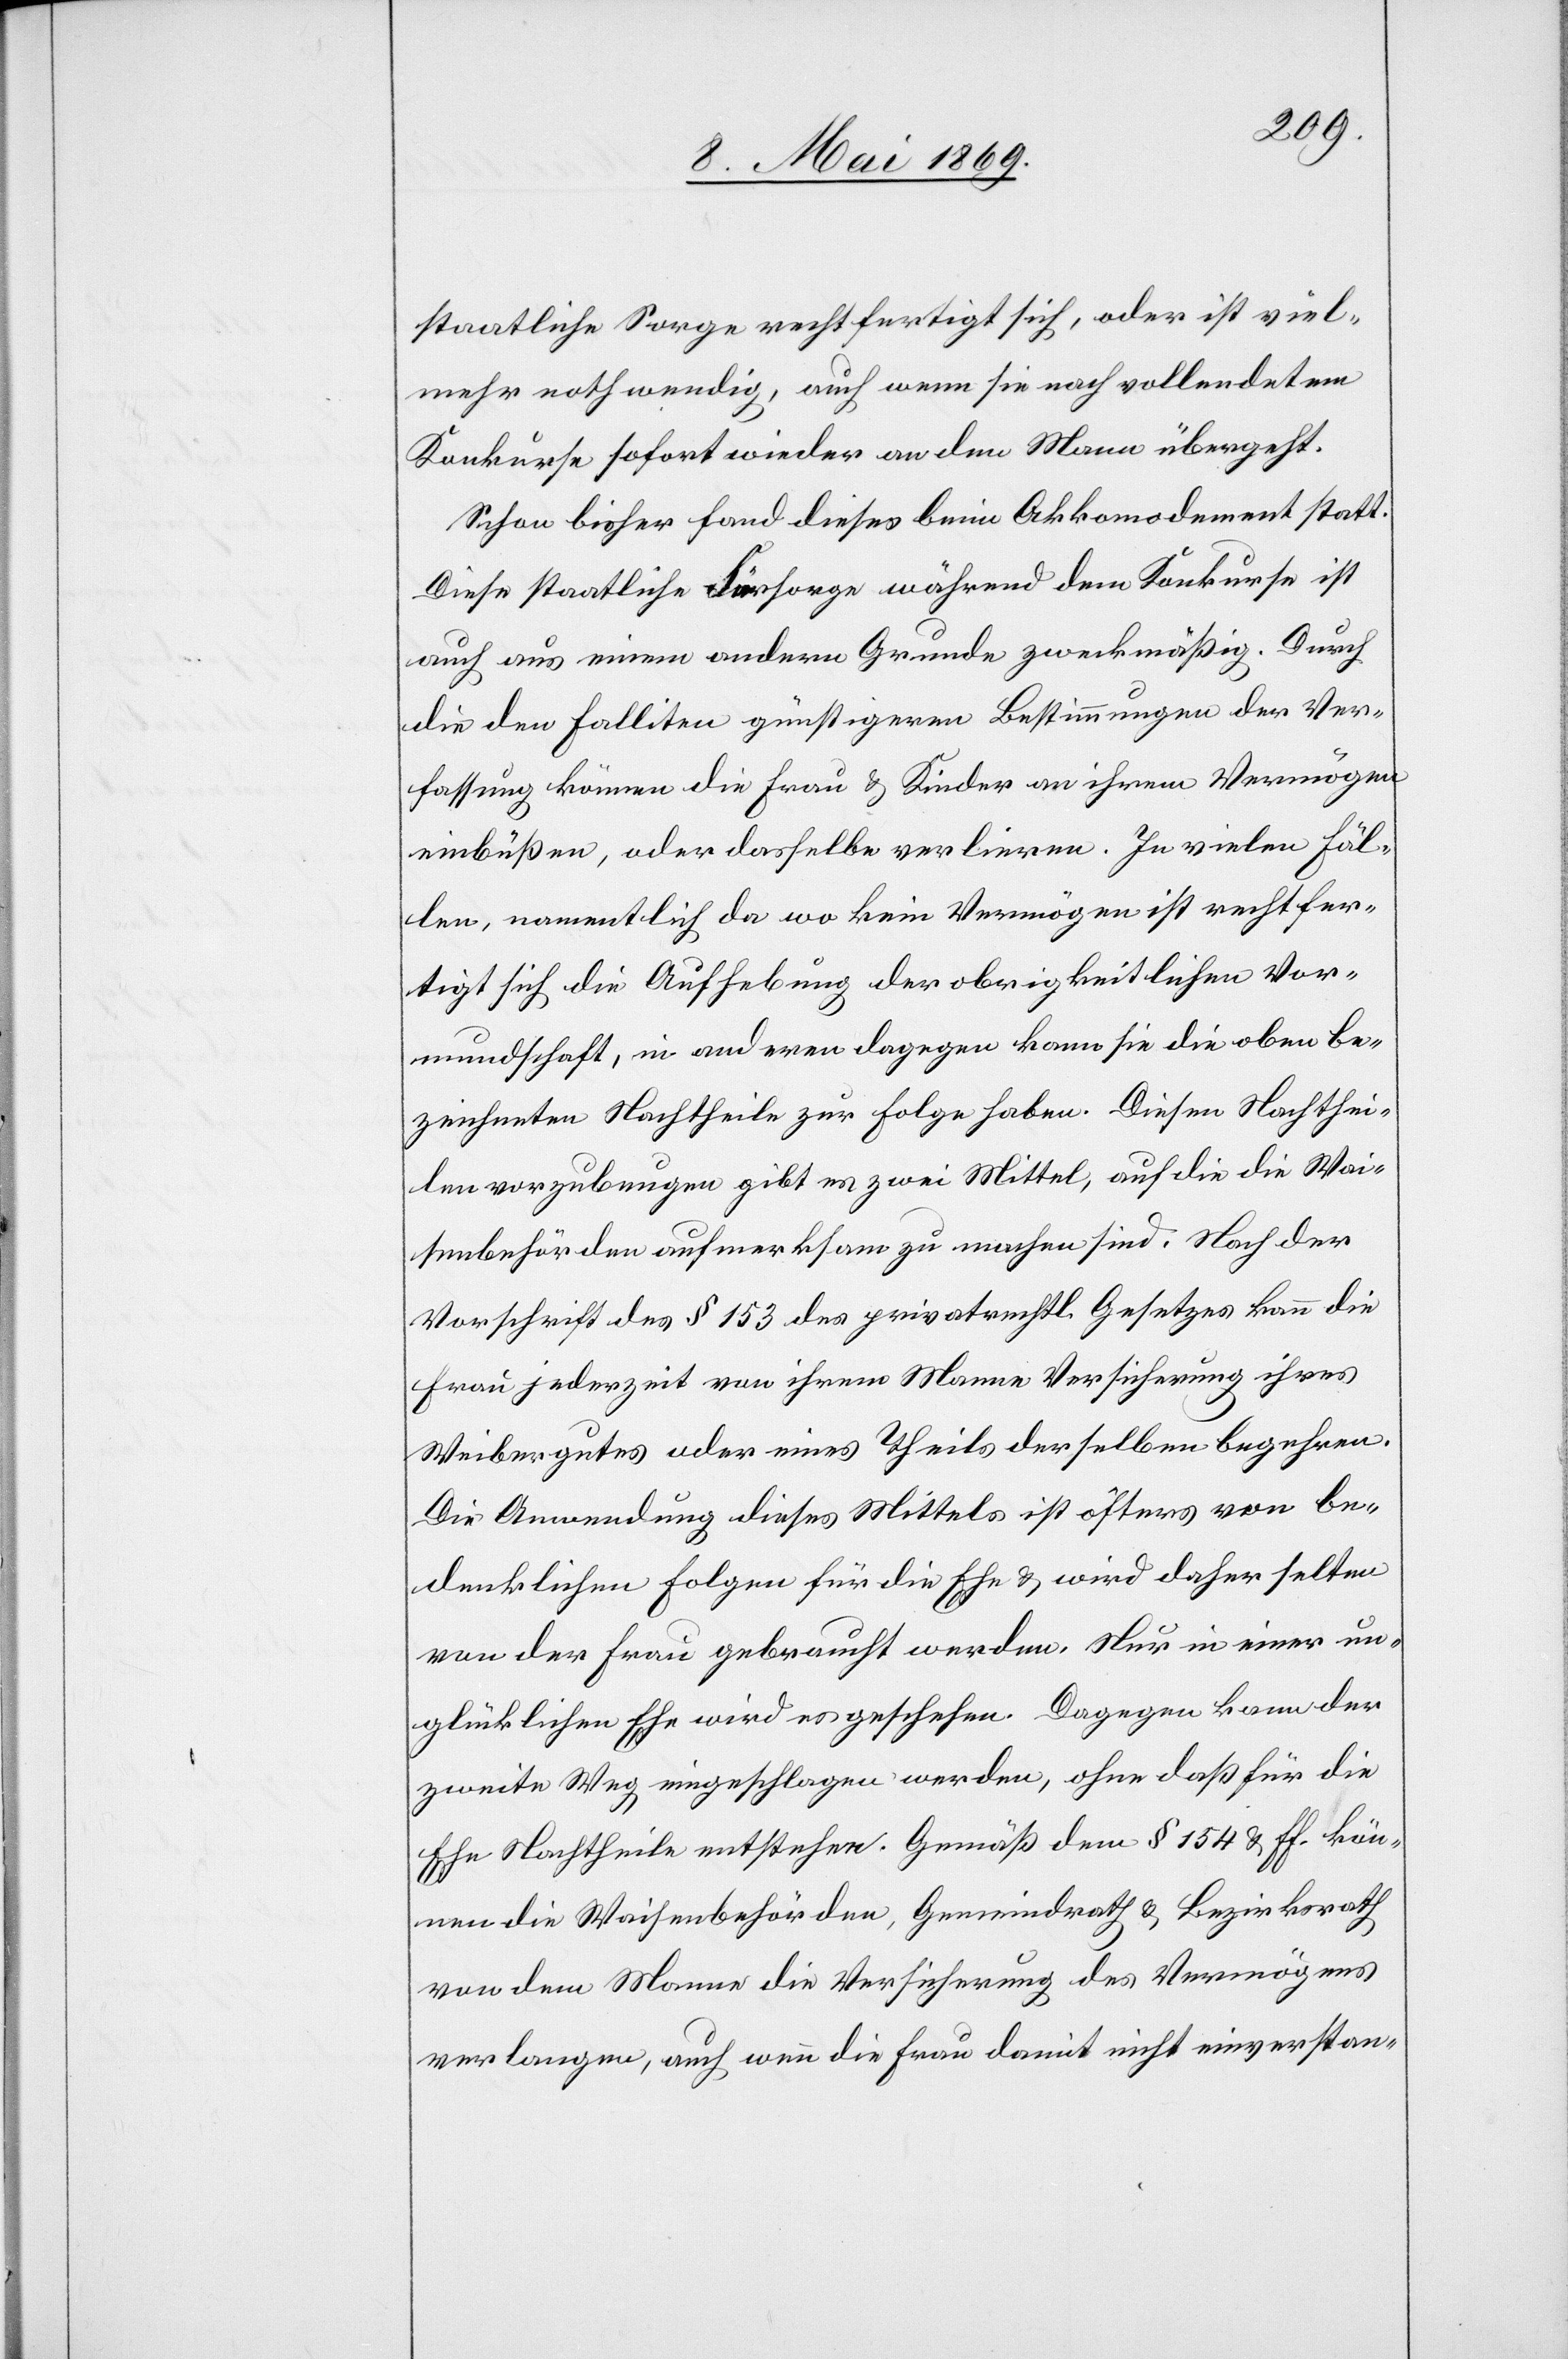
staatliche Sorge rechtfertigt sich, oder ist viel¬
mehr nothwendig, auch wenn sie nach vollendetem
Konkurse sofort wieder an den Mann übergeht.
Schon bisher fand dieses beim Akkomodement statt.
Diese staatliche Fürsorge während dem Konkurse ist
auch aus einem andern Grunde zweckmäßig. Durch
die den Falliten günstigeren Bestimmungen der Ver¬
fassung können die Frau u. Kinder an ihrem Vermögen
einbüßen, oder dasselbe verlieren. In vielen Fäl¬
len, namentlich da wo kein Vermögen ist rechtfer¬
tigt sich die Aufhebung der obrigkeitlichen Vor¬
mundschaft, in anderen dagegen kann sie die oben be¬
zeichneten Nachtheile zur Folge haben. Diesen Nachthei¬
len vorzubeugen gibt es zwei Mittel, auf die die Wai¬
senbehörden aufmerksam zu machen sind. Nach der
Vorschrift des § 153 des privatrechtl. Gesetzes kann die
Frau jederzeit von ihrem Manne Versicherung ihres
Weibergutes oder eines Theiles derselben begehren.
Die Anwendung dieses Mittels ist öfters von be¬
denklichen Folgen für die Ehe u. wird daher selten
von der Frau gebraucht werden. Nur in einer un¬
glücklichen Ehe wird es geschehen. Dagegen kann der
zweite Weg eingeschlagen werden, ohne daß für die
Ehe Nachtheile entstehen. Gemäß dem § 154 u. ff. kön¬
nen die Waisenbehörden, Gemeindrath u. Bezirksrath
von dem Manne die Versicherung des Vermögens
verlangen, auch wenn die Frau damit nicht einverstan-